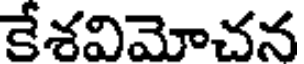
కేశవిమోచన